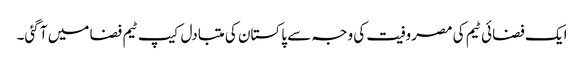
ایک فضائی ٹیم کی مصروفیت کی وجہ سے پاکستان کی متبادل کیپ ٹیم فضا میں آ گئی۔